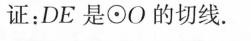
证：DE是\odot O的切线。